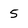
Character: 5